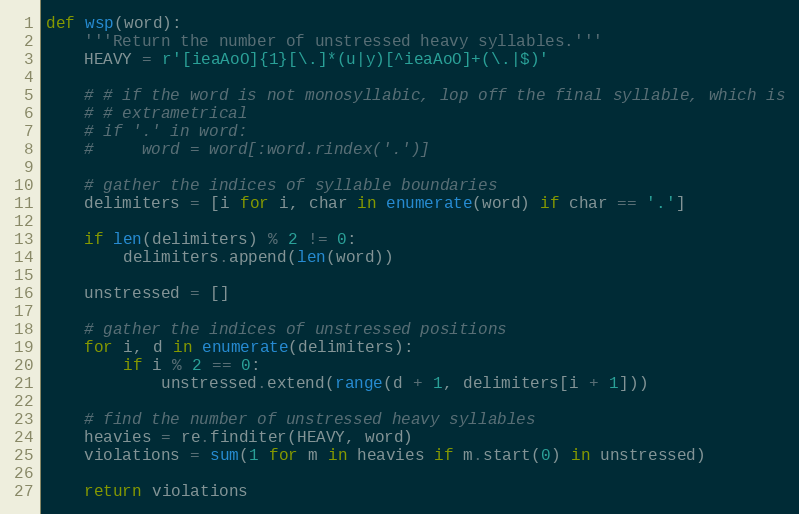
Language: Python
def wsp(word):
    '''Return the number of unstressed heavy syllables.'''
    HEAVY = r'[ieaAoO]{1}[\.]*(u|y)[^ieaAoO]+(\.|$)'

    # # if the word is not monosyllabic, lop off the final syllable, which is
    # # extrametrical
    # if '.' in word:
    #     word = word[:word.rindex('.')]

    # gather the indices of syllable boundaries
    delimiters = [i for i, char in enumerate(word) if char == '.']

    if len(delimiters) % 2 != 0:
        delimiters.append(len(word))

    unstressed = []

    # gather the indices of unstressed positions
    for i, d in enumerate(delimiters):
        if i % 2 == 0:
            unstressed.extend(range(d + 1, delimiters[i + 1]))

    # find the number of unstressed heavy syllables
    heavies = re.finditer(HEAVY, word)
    violations = sum(1 for m in heavies if m.start(0) in unstressed)

    return violations